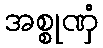
အစ္စုဏှံ